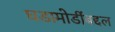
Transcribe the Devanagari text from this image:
घडामोडींबद्दल